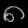
Digit: ၈